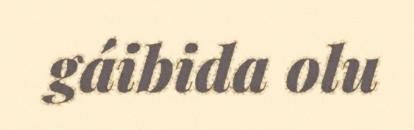
gáibida olu